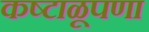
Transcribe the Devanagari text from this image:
कष्टाळूपणा